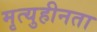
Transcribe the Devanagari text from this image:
मृत्युहीनता